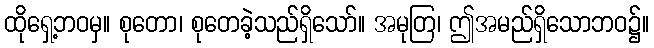
ထိုရှေ့ဘဝမှ။ စုတော၊ စုတေခဲ့သည်ရှိသော်။ အမုတြ၊ ဤအမည်ရှိသောဘဝ၌။